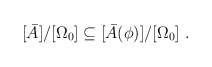
\begin{align*}[\bar{A}]/[\Omega_0] \subseteq [\bar{A}(\phi)]/[\Omega_0]\ .\end{align*}